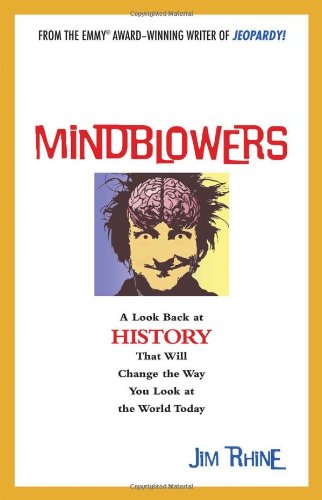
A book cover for Mindblowers: A Look Back at History That Will Change the Way You Look at the World Today; Jim Rhine; Humor & Entertainment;